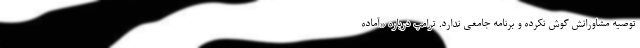
توصیه مشاورانش گوش نکرده و برنامه جامعی ندارد. ترامپ درباره «آماده